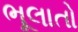
ભૂલાતો